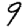
Digit: 9